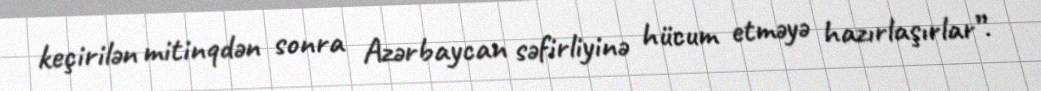
keçirilən mitinqdən sonra Azərbaycan səfirliyinə hücum etməyə hazırlaşırlar”.